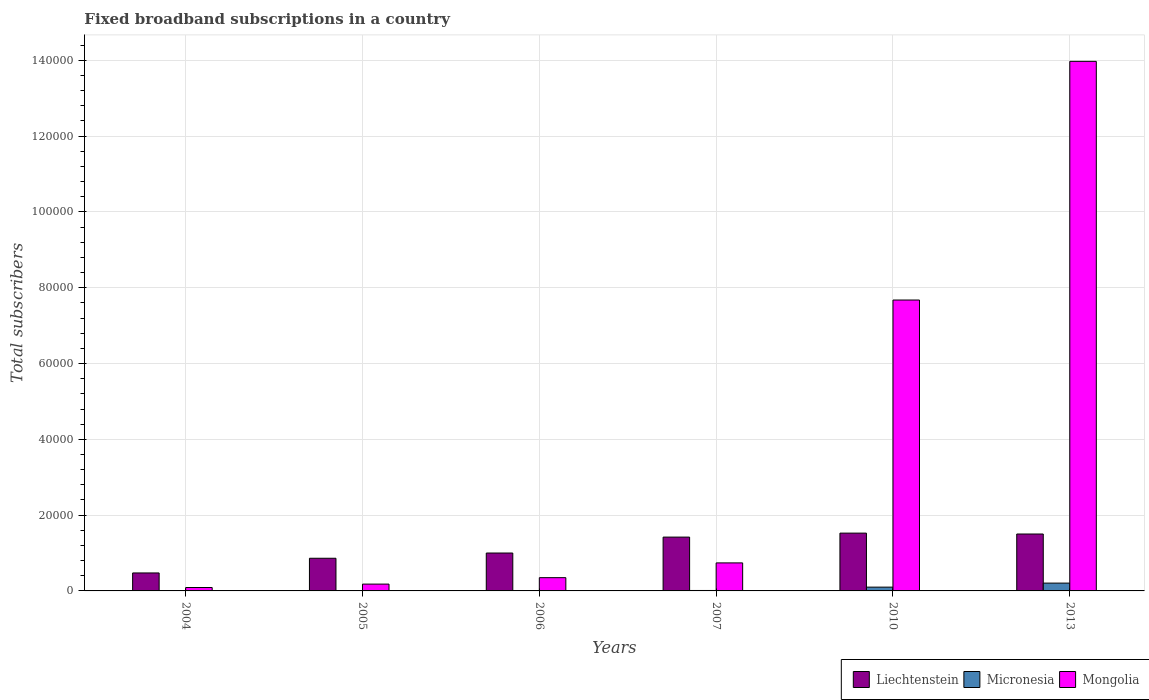
| Years | Liechtenstein | Micronesia | Mongolia |
 | --- | --- | --- | --- |
 | 2004 | 4.74e+03 | 26 | 900 |
 | 2005 | 8.62e+03 | 46 | 1.8e+03 |
 | 2006 | 1e+04 | 95 | 3.5e+03 |
 | 2007 | 1.42e+04 | 116 | 7.4e+03 |
 | 2010 | 1.52e+04 | 998 | 7.68e+04 |
 | 2013 | 1.5e+04 | 2.06e+03 | 1.4e+05 |